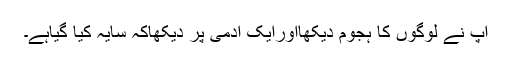
آپؐ نے لوگوں کا ہجوم دیکھااورایک آدمی پر دیکھاکہ سایہ کیا گیاہے۔